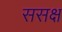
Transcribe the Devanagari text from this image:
ससक्ष